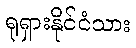
ရုရှားနိုင်ငံသား